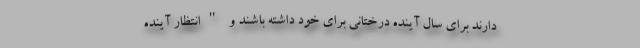
دارند برای سال آینده درختانی برای خود داشته باشند و "انتظار آینده